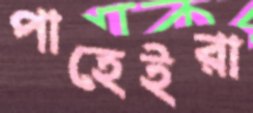
পাহেইরা